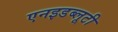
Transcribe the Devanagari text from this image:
एनइडब्लूटी